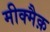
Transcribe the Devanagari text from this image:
मीक्मैक़